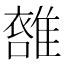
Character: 𩀖